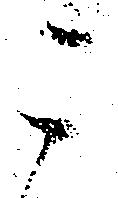
被